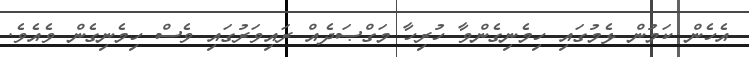
އެހެން ކަމުން ޅެމުގައި ހިމެނިގެންވާ ހުރިހާ މަގްޞަދެއް ރައިވަރުގައި ވެސް ހިމެނިގެން ވެއެވެ.